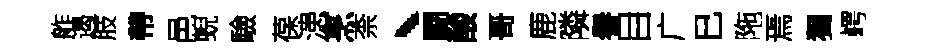
舴遏肢帶邑蜺驗葆漶烹柰、闘酸哥鹿隣譽目广巳陁焉獨崿